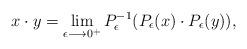
LaTeX: \begin{align*}x \cdot y = \lim_{\epsilon \longrightarrow 0^+} P_{\epsilon}^{-1}(P_{\epsilon}(x)\cdot P_{\epsilon}(y)),\end{align*}